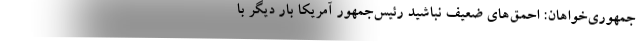
جمهوری‌خواهان: احمق‌های ضعیف نباشید رئیس‌جمهور آمریکا بار دیگر با